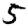
Digit: 5